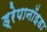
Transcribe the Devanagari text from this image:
ड्रेपानॉइडा